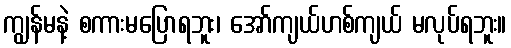
ကျွန်မနဲ့ စကားမပြောရဘူး၊ အော်ကျယ်ဟစ်ကျယ် မလုပ်ရဘူး။